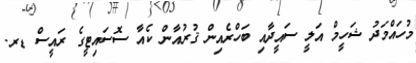
މުހައްމަދު ޝަހީމް އަލީ ސައީދާއި ބަހްރެއިން ޤުރުއާން ކެއާ ސޮސައިޓީގެ ރައީސް ޑރ.